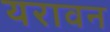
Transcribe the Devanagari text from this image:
यरावन